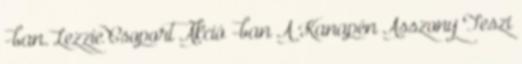
-ban. Lezzie Csoport Akció -ban A Kanapén Asszony Teszi